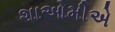
શાઓમીએ